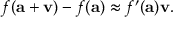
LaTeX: f ( \mathbf { a } + \mathbf { v } ) - f ( \mathbf { a } ) \approx f ^ { \prime } ( \mathbf { a } ) \mathbf { v } .